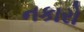
નકારો